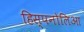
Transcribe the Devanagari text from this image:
हिस्पनोलिआ